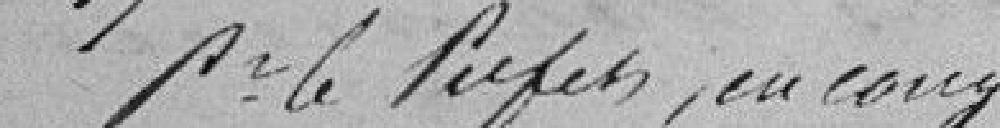
Monsieur le Préfet, en congé,